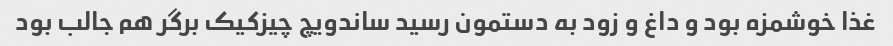
غذا خوشمزه بود و داغ و زود به دستمون رسید ساندویچ چیزکیک برگر هم جالب بود